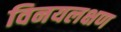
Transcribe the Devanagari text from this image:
विनयलक्षण